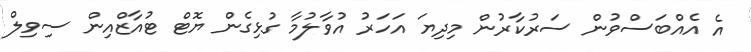
އެ އެއްބަސްވުން ސަރުކާރުން މިދިޔަ އަހަރު އުވާލުމާ ގުޅިގެން ޔޮޓް ޓުއާޒްއިން ސިވިލް